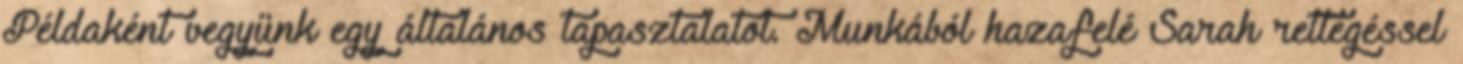
Példaként vegyünk egy általános tapasztalatot. Munkából hazafelé Sarah rettegéssel